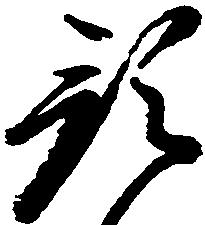
預